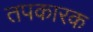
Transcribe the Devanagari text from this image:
तपकारक